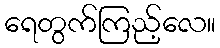
ရေတွက်ကြည့်လေ။